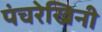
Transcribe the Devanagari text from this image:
पंचरेखिनी